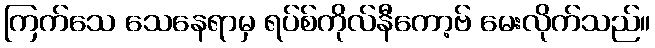
ကြက်သေ သေနေရာမှ ရပ်စ်ကိုလ်နီကော့ဗ် မေးလိုက်သည်။